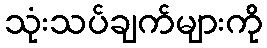
သုံးသပ်ချက်များကို